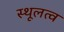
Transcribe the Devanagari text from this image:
स्थूलत्व